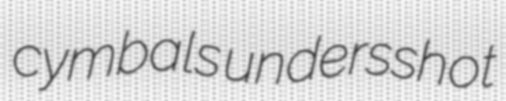
cymbals undersshot